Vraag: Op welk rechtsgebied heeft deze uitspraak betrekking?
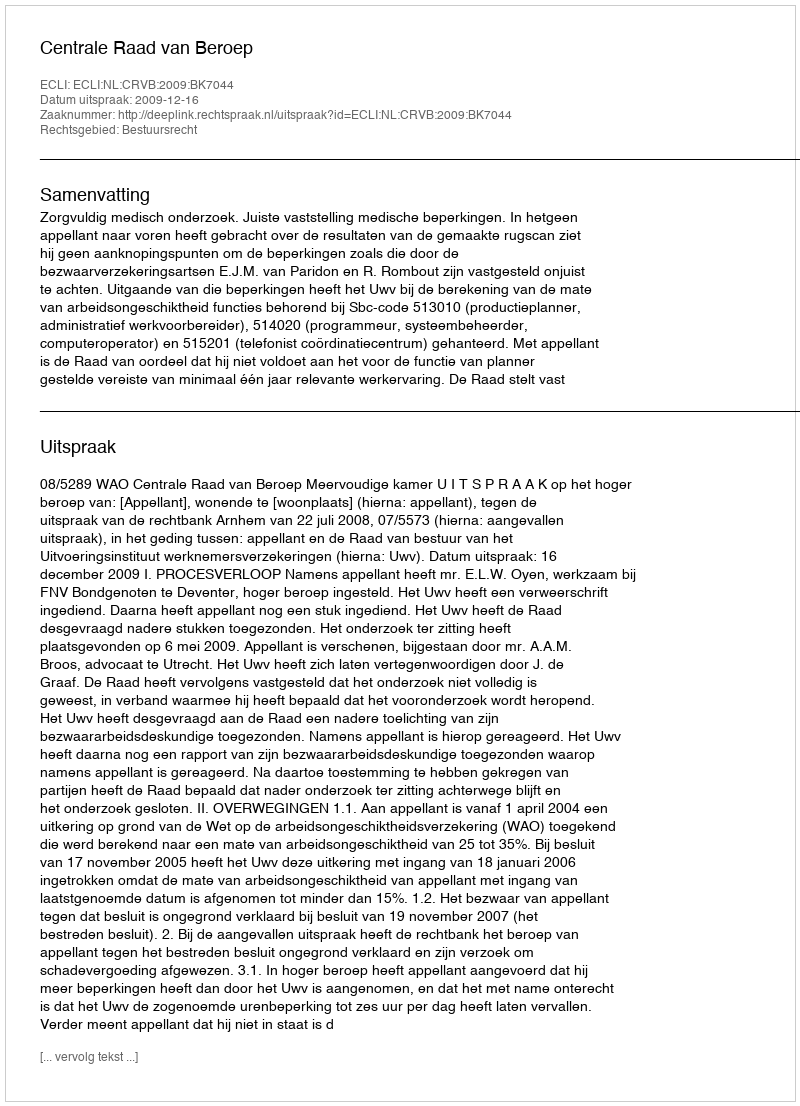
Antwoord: Bestuursrecht